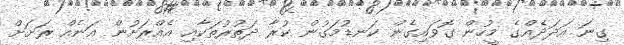
ގިނަ އަދަދެއްގެ މީހުން ގޮވައިގެން ކަނޑުމަގުން ކުރާ ދަތުރުތަކާއި އެއްރަށުން އަނެއް ރަށަށް